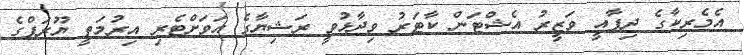
އެމެރިކާގެ ދިފާއީ ވަޒީރު އެޝްޓަން ކާޓަރު ވިދާޅުވީ ރަޝިޔާގެ އަވަށްޓެރި އިރުމަތީ ޔޫރަޕްގެ